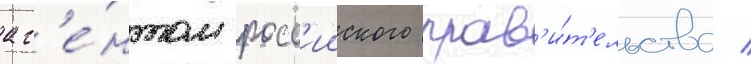
аг'е́нтом росс'ииского прав'и́т'ельства /